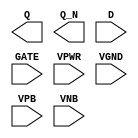
module sky130_fd_sc_hd__dlxbp (
    Q   ,
    Q_N ,
    D   ,
    GATE,
    VPWR,
    VGND,
    VPB ,
    VNB
);

    output Q   ;
    output Q_N ;
    input  D   ;
    input  GATE;
    input  VPWR;
    input  VGND;
    input  VPB ;
    input  VNB ;
endmodule